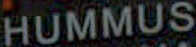
HUMMUS